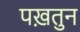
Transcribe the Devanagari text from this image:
पख़तुन